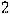
2